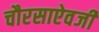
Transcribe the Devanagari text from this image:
चौरसाऐवजी